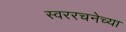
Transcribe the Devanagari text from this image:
स्वररचनेच्या